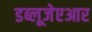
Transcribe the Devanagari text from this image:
डब्लूजेएआर